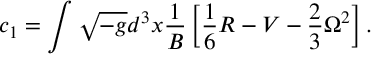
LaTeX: c _ { 1 } = \int \sqrt { - g } d ^ { 3 } x { \frac { 1 } { B } } \left[ \frac 1 6 R - V - \frac 2 3 \Omega ^ { 2 } \right] .